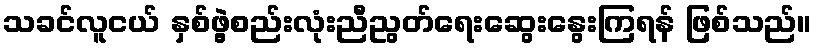
သခင်လူငယ် နှစ်ဖွဲ့စည်းလုံးညီညွတ်ရေးဆွေးနွေးကြရန် ဖြစ်သည်။